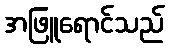
အဖြူရောင်သည်